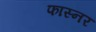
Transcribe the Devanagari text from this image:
फास्नर